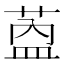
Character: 𬝎